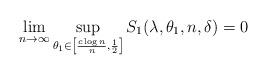
LaTeX: \begin{align*}\lim_{n \to \infty} \sup_{\theta_1\in \left[ \frac{c\log n}{n}, \frac{1}{2} \right]} S_1(\lambda, \theta_1, n, \delta)=0 \end{align*}